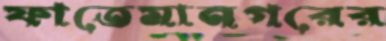
ফাতেমানগরের